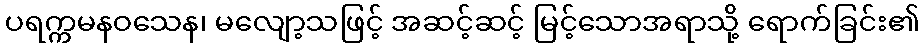
ပရက္ကမနဝသေန၊ မလျော့သဖြင့် အဆင့်ဆင့် မြင့်သောအရာသို့ ရောက်ခြင်း၏